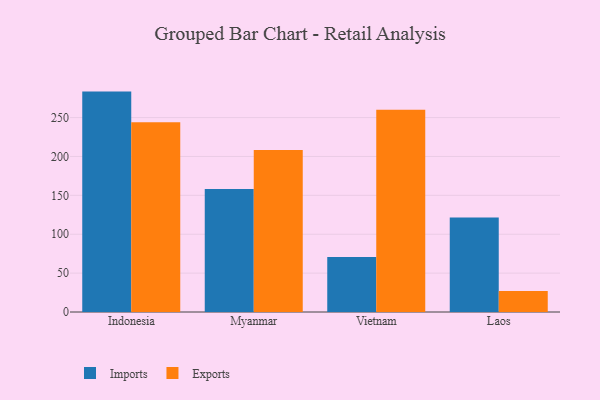
{"axis": {"x": "Country", "y": "Population (Million)"}, "legend": ["Exports", "Imports"], "data": [{"x": "Indonesia", "y": 283.4, "type": "Imports"}, {"x": "Indonesia", "y": 243.9, "type": "Exports"}, {"x": "Myanmar", "y": 158.0, "type": "Imports"}, {"x": "Myanmar", "y": 208.4, "type": "Exports"}, {"x": "Vietnam", "y": 70.6, "type": "Imports"}, {"x": "Vietnam", "y": 260.0, "type": "Exports"}, {"x": "Laos", "y": 121.6, "type": "Imports"}, {"x": "Laos", "y": 27.1, "type": "Exports"}]}